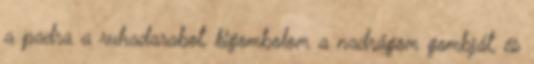
a padra a ruhadarabot, kigombolom a nadrágom gombját, és